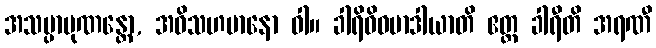
အသမ္ပာပုဏန္တော, အဝိသဟမာနော ဝါ။ ခါရိဝိဓမာဒါယာတိ ဧတ္ထ ခါရီတိ အရဏီ